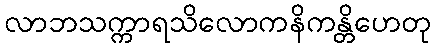
လာဘသက္ကာရသိလောကနိကန္တိဟေတု